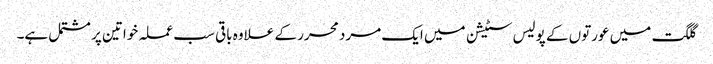
گلگت میں عورتوں کے پولیس سٹیشن میں ایک مرد محرر کے علاوہ باقی سب عملہ خواتین پر مشتمل ہے۔